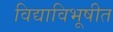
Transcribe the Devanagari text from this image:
विद्याविभूषीत